Indian journal of veterinary science and animal husbandry - Volume 8,
Year: 1938
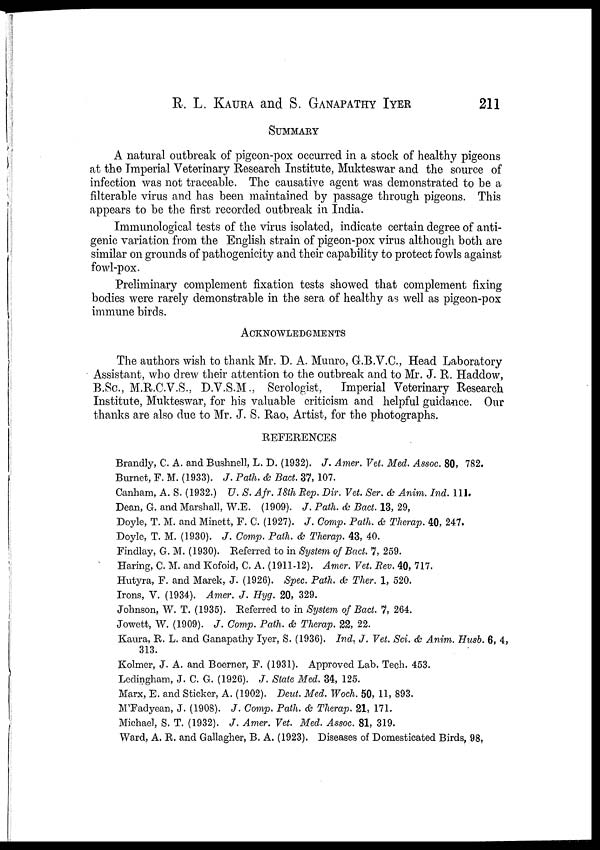
R. L. KAURA and S. GANAPATHY IYER 211
SUMMARY
A natural outbreak of pigeon-pox occurred in a stock of healthy pigeons
at the Imperial Veterinary Research Institute, Mukteswar and the source of
infection was not traceable. The causative agent was demonstrated to be a
filterable virus and has been maintained by passage through pigeons. This
appears to be the first recorded outbreak in India.
Immunological tests of the virus isolated, indicate certain degree of anti-
genic variation from the English strain of pigeon-pox virus although both are
similar on grounds of pathogenicity and their capability to protect fowls against
fowl-pox.
Preliminary complement fixation tests showed that complement fixing
bodies were rarely demonstrable in the sera of healthy as well as pigeon-pox
immune birds.
ACKNOWLEDGMENTS
The authors wish to thank Mr. D. A. Munro, G.B.V.C, Head Laboratory
Assistant, who drew their attention to the outbreak and to Mr. J. R. Haddow,
B.Sc, M.R.C.V.S., D.V.S.M., Serologist,
Imperial Veterinary Research
Institute, Mukteswar, for his valuable criticism and helpful guidance. Our
thanks are also due to Mr. J. S. Rao, Artist, for the photographs.
REFERENCES
Brandly, C. A. and Bushnell, L. D. (1932). J. Amer. Vet. Med. Assoc. 80, 782.
Burnet, F. M. (1933). J. Path. & Bact. 37, 107.
Canham, A. S. (1932.) U. S. Afr. 18th Rep. Dir. Vet. Ser. & Anim. Ind. 111.
Dean, G. and Marshall, W.E. (1909). J. Path. & Bact. 13, 29,
Doyle, T. M. and Minett, F. C. (1927). J. Comp. Path. & Therap. 40, 247.
Doyle, T. M. (1930). J. Comp. Path. & Therap. 43, 40.
Findlay, G. M. (1930). Referred to in System of Bact. 7, 259.
Haring, C. M. and Kofoid, C. A. (1911-12). Amer. Vet. Rev. 40, 717.
Hutyra, F. and Marek, J. (1926). Spec. Path, & Ther. 1, 520.
Irons, V. (1934). Amer. J. Hyg. 20, 329.
Johnson, W. T. (1935). Referred to in System of Bact. 7, 264.
Jowett, W. (1909). J. Comp. Path. & Therap. 22, 22.
Kaura, R. L. and Ganapathy Iyer, S. (1936). Ind. J. Vet. Sci. & Anim. Husb. 6, 4,
313.
Kolmer, J. A. and Boerner, F. (1931). Approved Lab. Tech. 453.
Ledingham, J. C. G. (1926). J. State Med. 34, 125.
Marx, E. and Sticker, A. (1902). Deut. Med. Woch. 50, 11, 893.
M'Fadyean, J. (1908). J. Comp. Path. & Therap. 21, 171.
Michael, S. T. (1932). J. Amer. Vet. Med. Assoc. 81, 319.
Ward, A. R. and Gallagher, B. A. (1923). Diseases of Domesticated Birds, 98.